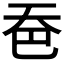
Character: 𪥉